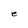
Character: e